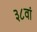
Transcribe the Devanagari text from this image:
३८वां